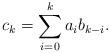
LaTeX: \begin{align*}c_k = \sum_{i=0}^k a_ib_{k-i}.\end{align*}